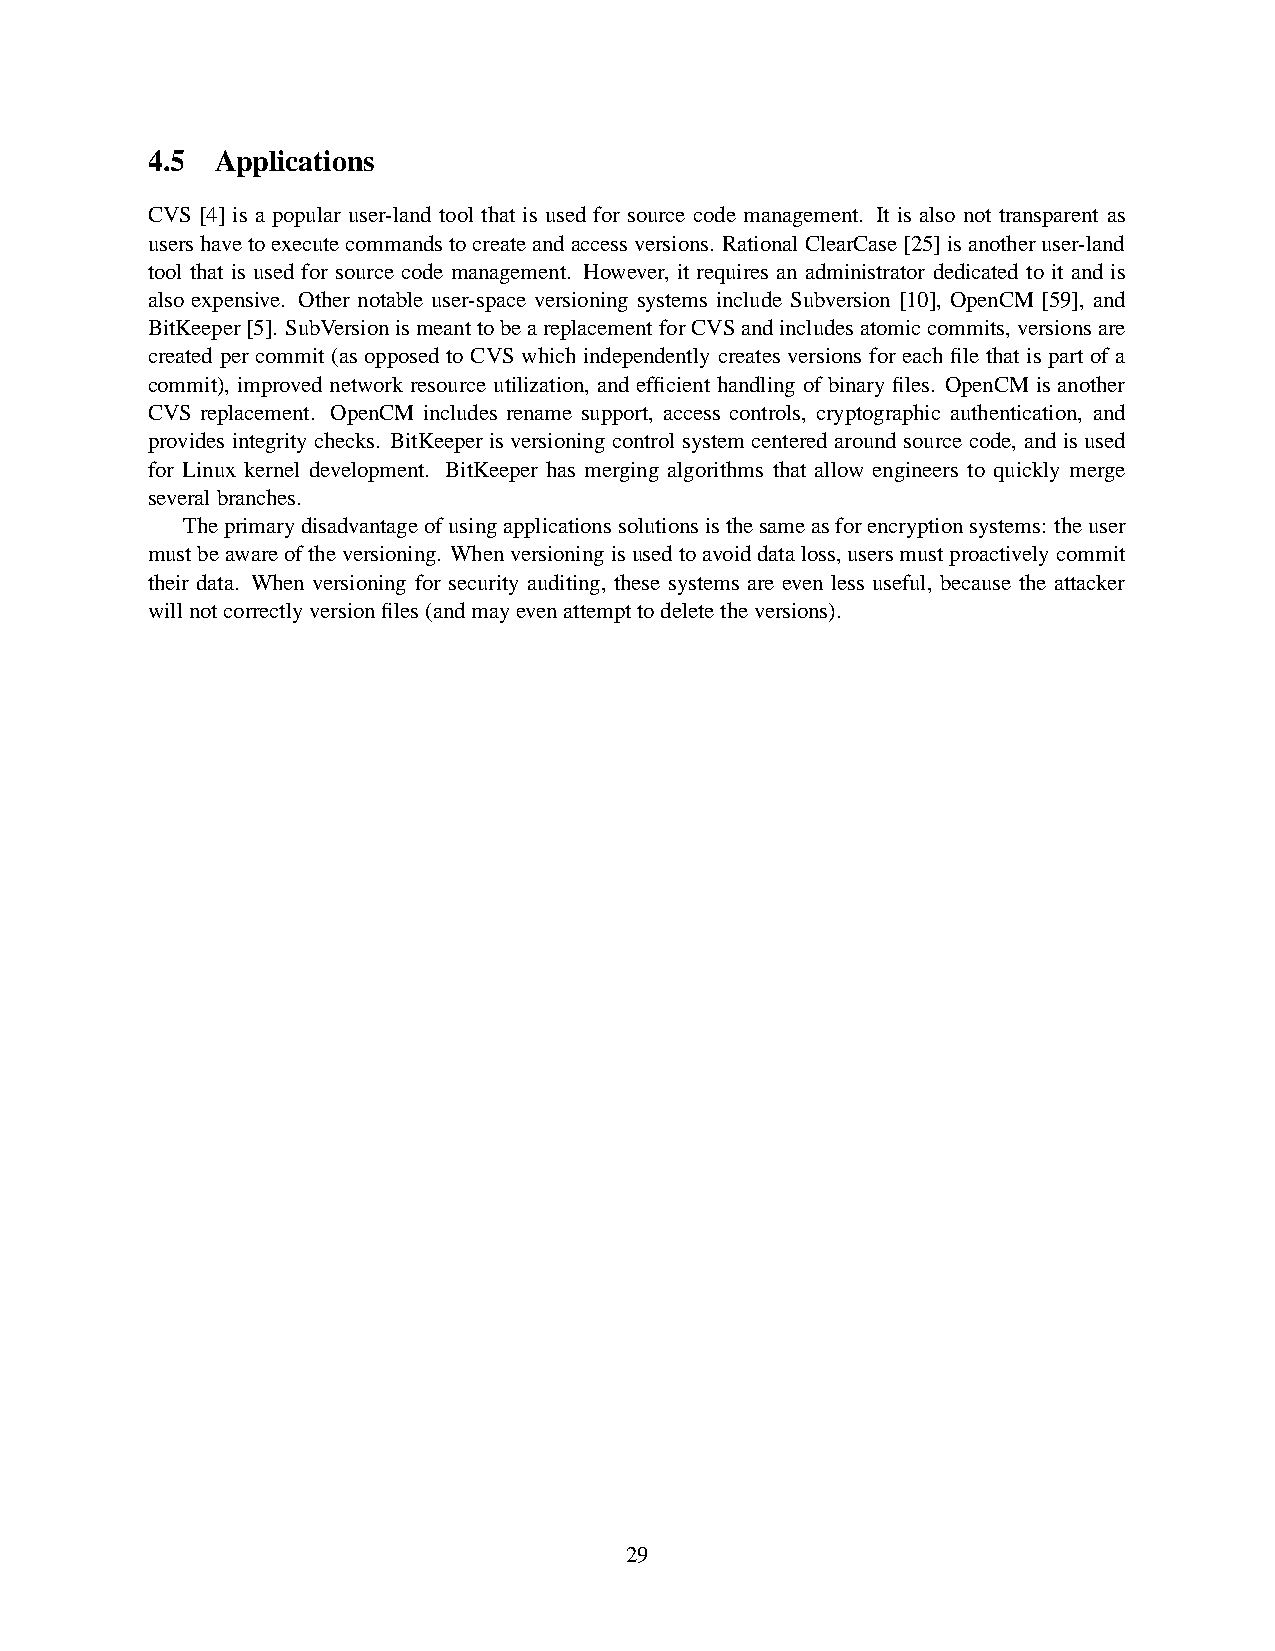
4.5 Applications
 CVS [4] is a popular user-land tool that is used for source code management. It is also not transparent as
 usershavetoexecutecommandstocreateandaccessversions. RationalClearCase[25]isanotheruser-land
 tool that is used for source code management. However, it requires an administrator dedicated to it and is
 also expensive. Other notable user-space versioning systems include Subversion [10], OpenCM [59], and
 BitKeeper[5]. SubVersionismeanttobeareplacementforCVSandincludesatomiccommits,versionsare
 createdper commit (as opposed to CVS which independentlycreates versions for each file that is part of a
 commit), improved network resource utilization,and efficient handling of binary files. OpenCM is another
 CVS replacement. OpenCM includes rename support, access controls, cryptographic authentication, and
 providesintegritychecks. BitKeeperisversioningcontrolsystemcenteredaroundsourcecode, andisused
 for Linux kernel development. BitKeeper has merging algorithms that allow engineers to quickly merge
 severalbranches.
 Theprimarydisadvantageofusingapplicationssolutionsisthesameasforencryptionsystems: theuser
 mustbeawareoftheversioning. Whenversioningisusedtoavoiddataloss,usersmustproactivelycommit
 their data. When versioning for security auditing, these systems are even less useful, because the attacker
 willnotcorrectlyversionfiles(andmayevenattempttodeletetheversions).
 29